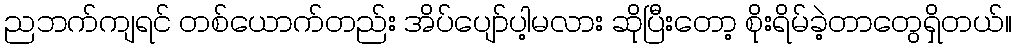
ညဘက်ကျရင် တစ်ယောက်တည်း အိပ်ပျော်ပါ့မလား ဆိုပြီးတော့ စိုးရိမ်ခဲ့တာတွေရှိတယ်။